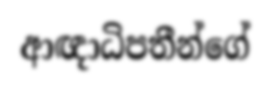
ආඥාධිපතීන්ගේ